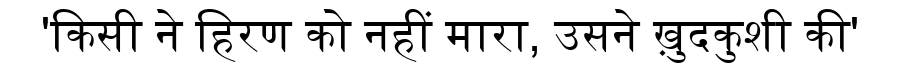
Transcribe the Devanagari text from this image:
'किसी ने हिरण को नहीं मारा, उसने ख़ुदकुशी की'